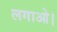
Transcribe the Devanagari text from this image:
लगाओ।